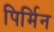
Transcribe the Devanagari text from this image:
पिर्मिन